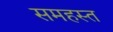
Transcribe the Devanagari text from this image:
समहस्त